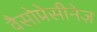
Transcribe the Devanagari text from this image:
वैसोप्रेसीनेज़